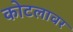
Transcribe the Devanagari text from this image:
कोटलावर